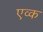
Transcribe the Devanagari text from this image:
एव्क